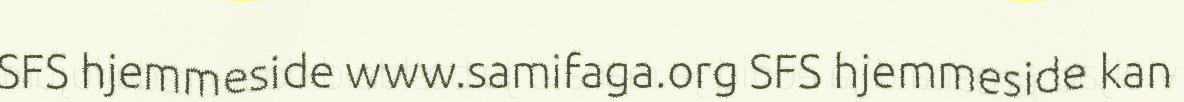
SFS hjemmeside www.samifaga.org SFS hjemmeside kan